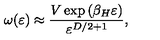
\omega ( \varepsilon ) \approx { \frac { V \exp { ( \beta _ { H } \varepsilon ) } } { \varepsilon ^ { D / 2 + 1 } } } ,